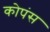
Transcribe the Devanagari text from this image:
कोपंस